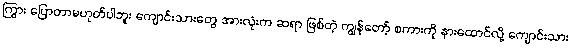
ကြွား ပြောတာမဟုတ်ပါဘူး ကျောင်းသားတွေ အားလုံးက ဆရာ ဖြစ်တဲ့ ကျွန်တော့် စကားကို နားထောင်လို့ ကျောင်းသား